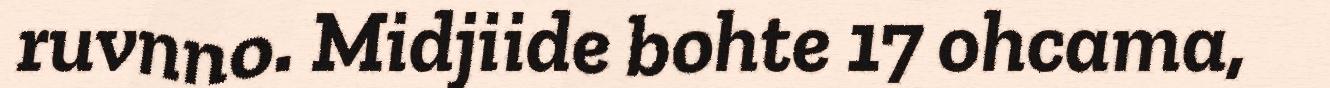
ruvnno. Midjiide bohte 17 ohcama,